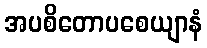
အပစိတောပစေယျာနံ